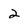
Character: 2